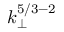
k _ { \perp } ^ { 5 / 3 - 2 }